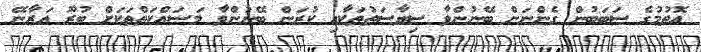
އޮތުމުގެ ސަބަބުން ގެންނަން ބޭނުންވާ ސިޔާސަތުތަކާއި ކުރަން ބޭނުންވާ މަސައްކަތްތަކަށް ބުރޫ އަރާނޭ